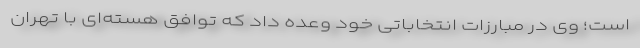
است؛ وی در مبارزات انتخاباتی خود وعده داد که توافق هسته‌ای با تهران